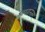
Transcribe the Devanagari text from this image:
भारतानंतर